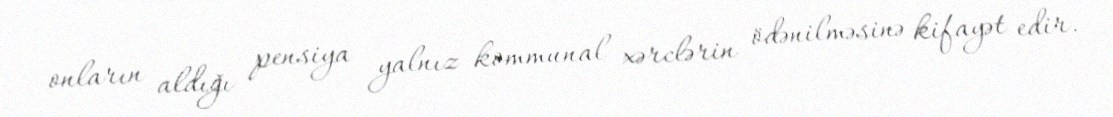
onların aldığı pensiya yalnız kommunal xərclərin ödənilməsinə kifayət edir.